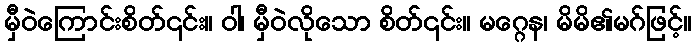
မှီဝဲကြောင်းစိတ်၎င်း။ ဝါ၊ မှီဝဲလိုသော စိတ်၎င်း။ မဂ္ဂေန၊ မိမိ၏မဂ်ဖြင့်။